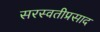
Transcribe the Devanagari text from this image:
सरस्वतीप्रसाद